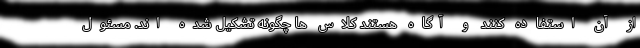
از آن استفاده کنند و آگاه هستند کلاس ها چگونه تشکیل شده اند. مسئول